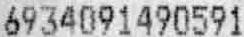
6934091490591